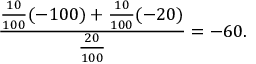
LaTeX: { \frac { { \frac { 1 0 } { 1 0 0 } } ( - 1 0 0 ) + { \frac { 1 0 } { 1 0 0 } } ( - 2 0 ) } { \frac { 2 0 } { 1 0 0 } } } = - 6 0 .